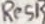
Text: Res1